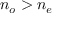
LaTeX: n _ { o } > n _ { e }